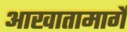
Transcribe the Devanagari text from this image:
आखातामार्गे